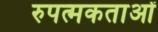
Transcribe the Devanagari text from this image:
रुपत्मकताओं